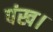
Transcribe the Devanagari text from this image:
पंख।